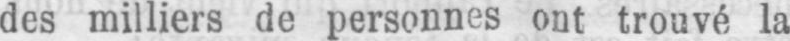
des milliers de personnes ont trouvé la